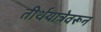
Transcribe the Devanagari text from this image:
तीर्थयात्रेवरून